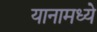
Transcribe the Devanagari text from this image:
यानामध्ये